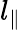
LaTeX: l_{\parallel}